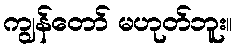
ကျွန်တော် မဟုတ်ဘူး။